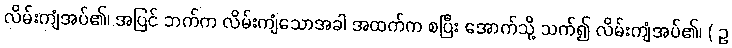
လိမ်းကျံအပ်၏၊ အပြင် ဘက်က လိမ်းကျံသောအခါ အထက်က စပြီး အောက်သို့ သက်၍ လိမ်းကျံအပ်၏၊ ( ဥ